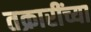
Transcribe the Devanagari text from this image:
तक्रारींच्या